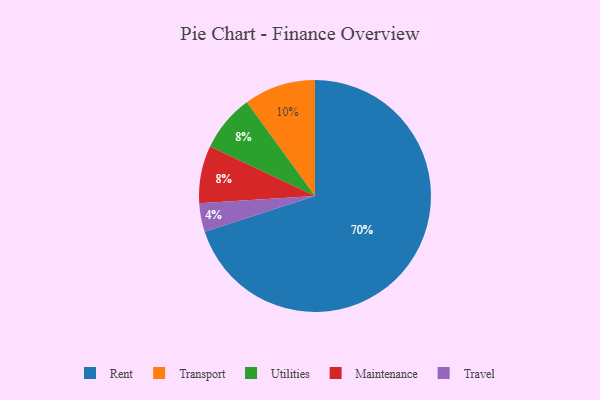
{"axis": {"x": "Category", "y": "Percentage"}, "legend": ["Maintenance", "Rent", "Transport", "Travel", "Utilities"], "data": [{"x": "Utilities", "y": 8, "type": "Utilities"}, {"x": "Rent", "y": 70, "type": "Rent"}, {"x": "Travel", "y": 4, "type": "Travel"}, {"x": "Transport", "y": 10, "type": "Transport"}, {"x": "Maintenance", "y": 8, "type": "Maintenance"}]}